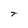
Character: T